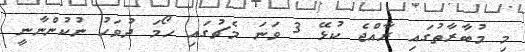
މި މުބާރާތުގައި ރާއްޖެ ކުޅޭ 3 ވަނަ މެޗުގައި ހޯމަ ދުވަހު ނުކުންނާނީ